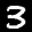
Label: 3